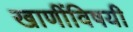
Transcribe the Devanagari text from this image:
खाणींविषयी